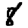
Digit: 8